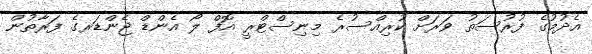
އެދުމުގެ ފުރުސަތު ވަރަށް ކުރިއްސުރެ މިނިސްޓްރީ އޮފް ލޯ އެންޑް ޖެންޑަރގެ ފަރާތުން